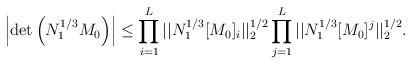
\begin{align*}\left|\det \left(N_1^{1/3}M_0\right)\right|\le\prod\limits_{i=1}^L||N_1^{1/3}[M_0]_i||_2^{1/2}\prod\limits_{j=1}^L||N_1^{1/3}[M_0]^j||_2^{1/2}.\end{align*}